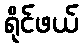
ရိုင်ဖယ်